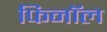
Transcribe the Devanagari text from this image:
फिनाॅल